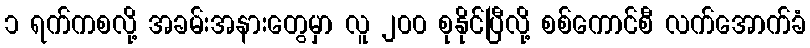
၁ ရက်ကစလို့ အခမ်းအနားတွေမှာ လူ ၂၀၀ စုနိုင်ပြီလို့ စစ်ကောင်စီ လက်အောက်ခံ